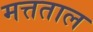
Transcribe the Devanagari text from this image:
मत्तताल